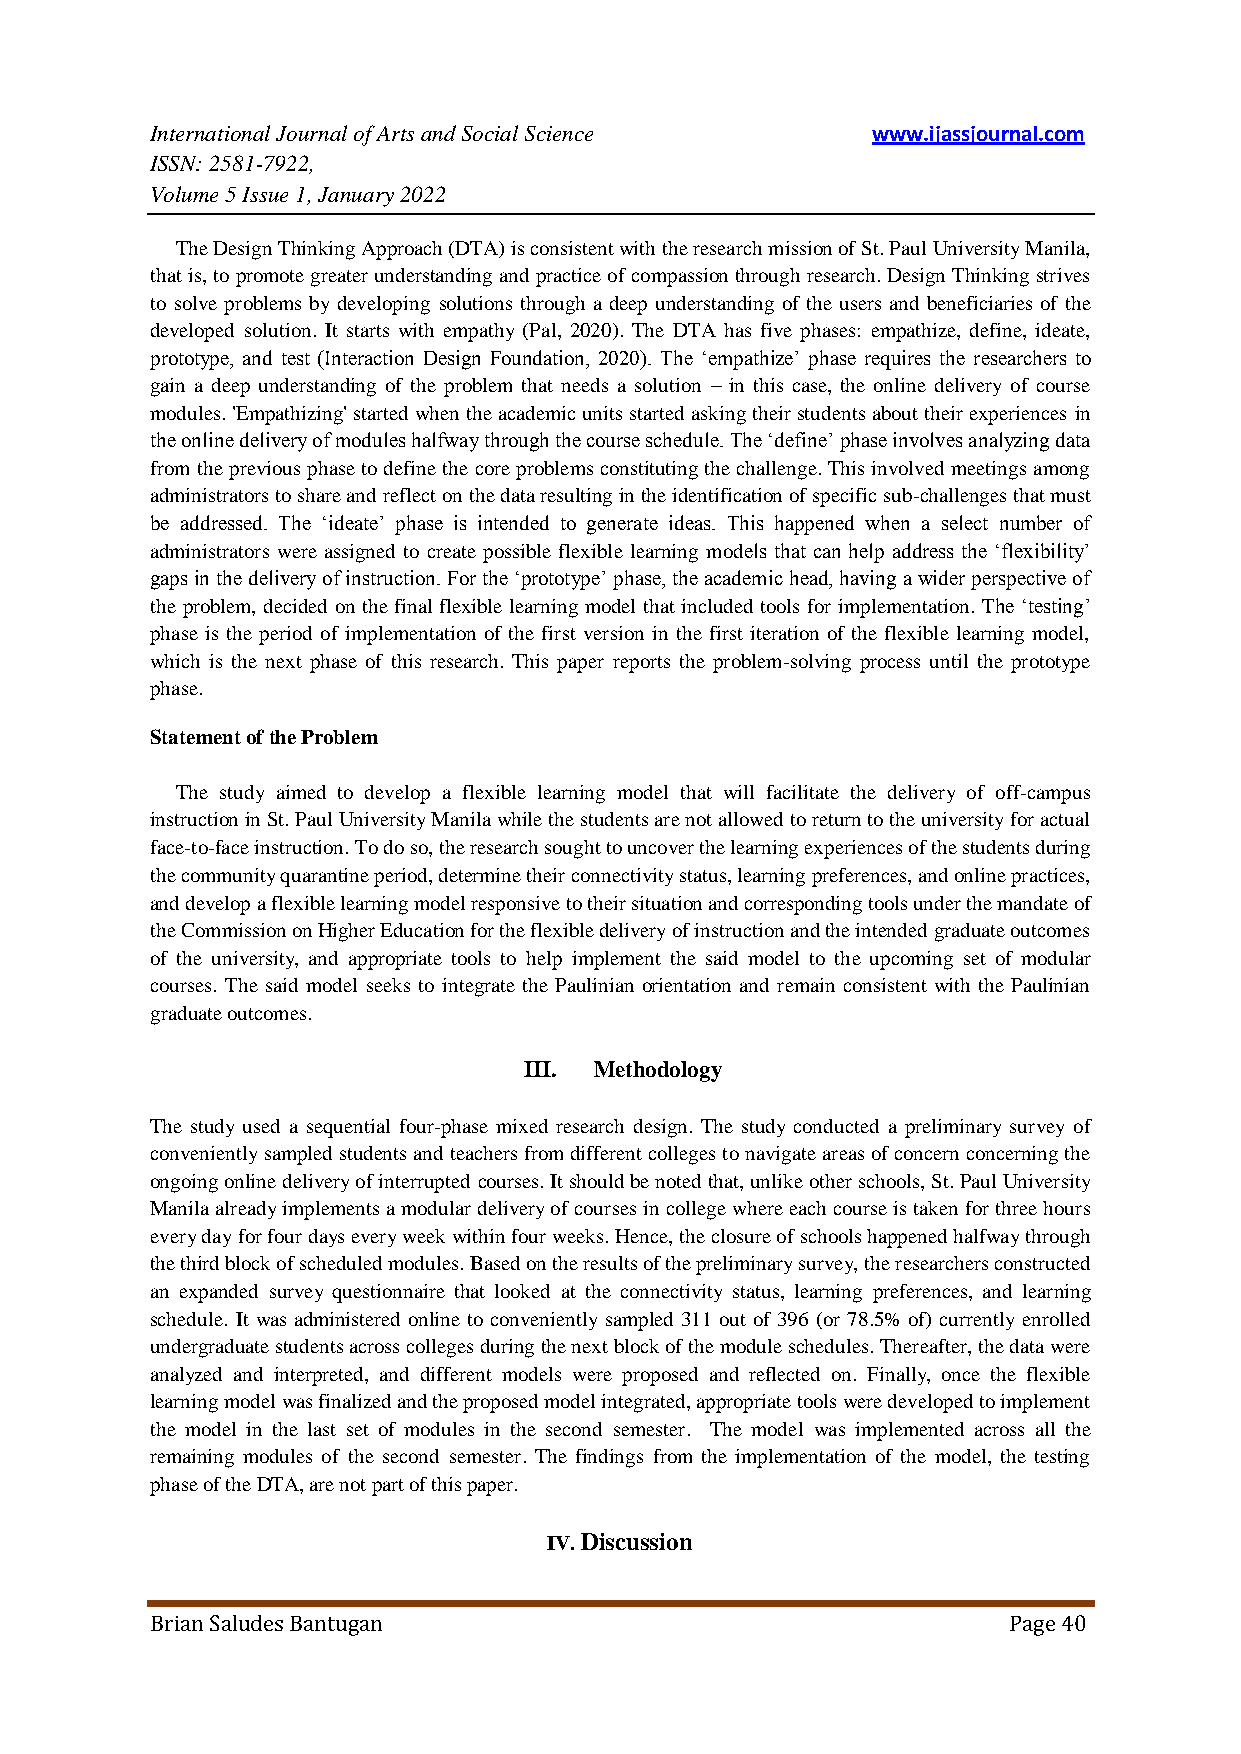
International Journal of Arts and Social Science www.ijassjournal.com
 ISSN: 2581-7922,
 Volume 5 Issue 1, January 2022
 The Design Thinking Approach (DTA) is consistent with the research mission of St. Paul University Manila,
 that is, to promote greater understanding and practice of compassion through research. Design Thinking strives
 to solve problems by developing solutions through a deep understanding of the users and beneficiaries of the
 developed solution. It starts with empathy (Pal, 2020). The DTA has five phases: empathize, define, ideate,
 prototype, and test (Interaction Design Foundation, 2020). The „empathize‟ phase requires the researchers to
 gain a deep understanding of the problem that needs a solution – in this case, the online delivery of course
 modules. 'Empathizing' started when the academic units started asking their students about their experiences in
 the online delivery of modules halfway through the course schedule. The „define‟ phase involves analyzing data
 from the previous phase to define the core problems constituting the challenge. This involved meetings among
 administrators to share and reflect on the data resulting in the identification of specific sub-challenges that must
 be addressed. The „ideate‟ phase is intended to generate ideas. This happened when a select number of
 administrators were assigned to create possible flexible learning models that can help address the „flexibility‟
 gaps in the delivery of instruction. For the „prototype‟ phase, the academic head, having a wider perspective of
 the problem, decided on the final flexible learning model that included tools for implementation. The „testing‟
 phase is the period of implementation of the first version in the first iteration of the flexible learning model,
 which is the next phase of this research. This paper reports the problem-solving process until the prototype
 phase.
 Statement of the Problem
 The study aimed to develop a flexible learning model that will facilitate the delivery of off-campus
 instruction in St. Paul University Manila while the students are not allowed to return to the university for actual
 face-to-face instruction. To do so, the research sought to uncover the learning experiences of the students during
 the community quarantine period, determine their connectivity status, learning preferences, and online practices,
 and develop a flexible learning model responsive to their situation and corresponding tools under the mandate of
 the Commission on Higher Education for the flexible delivery of instruction and the intended graduate outcomes
 of the university, and appropriate tools to help implement the said model to the upcoming set of modular
 courses. The said model seeks to integrate the Paulinian orientation and remain consistent with the Paulinian
 graduate outcomes.
 III. Methodology
 The study used a sequential four-phase mixed research design. The study conducted a preliminary survey of
 conveniently sampled students and teachers from different colleges to navigate areas of concern concerning the
 ongoing online delivery of interrupted courses. It should be noted that, unlike other schools, St. Paul University
 Manila already implements a modular delivery of courses in college where each course is taken for three hours
 every day for four days every week within four weeks. Hence, the closure of schools happened halfway through
 the third block of scheduled modules. Based on the results of the preliminary survey, the researchers constructed
 an expanded survey questionnaire that looked at the connectivity status, learning preferences, and learning
 schedule. It was administered online to conveniently sampled 311 out of 396 (or 78.5% of) currently enrolled
 undergraduate students across colleges during the next block of the module schedules. Thereafter, the data were
 analyzed and interpreted, and different models were proposed and reflected on. Finally, once the flexible
 learning model was finalized and the proposed model integrated, appropriate tools were developed to implement
 the model in the last set of modules in the second semester. The model was implemented across all the
 remaining modules of the second semester. The findings from the implementation of the model, the testing
 phase of the DTA, are not part of this paper.
 IV. Discussion
 Brian Saludes Bantugan                                   Page 40